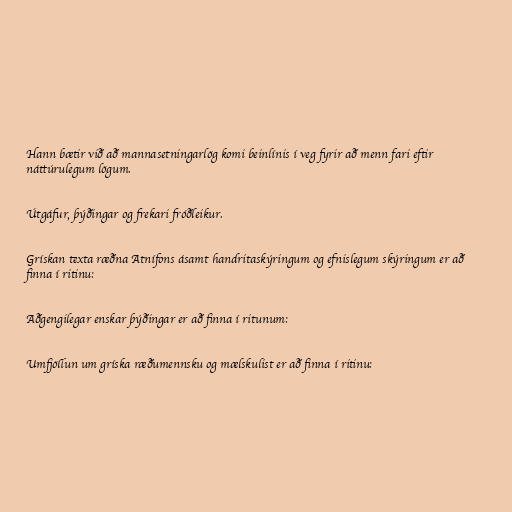
Hann bætir við að mannasetningarlög komi beinlínis í veg fyrir að menn fari eftir
náttúrulegum lögum.

Útgáfur, þýðingar og frekari fróðleikur.

Grískan texta ræðna Atnífons ásamt handritaskýringum og efnislegum skýringum er að
finna í ritinu:

Aðgengilegar enskar þýðingar er að finna í ritunum:

Umfjöllun um gríska ræðumennsku og mælskulist er að finna í ritinu: